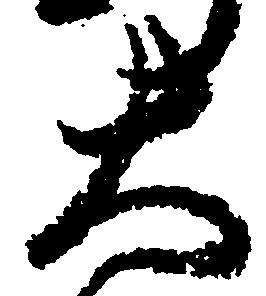
大